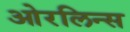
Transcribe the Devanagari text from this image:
ओरलिन्स